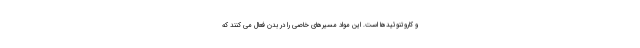
و کاروتنوئیدها است. این مواد مسیرهای خاصی را در بدن فعال می کنند که